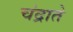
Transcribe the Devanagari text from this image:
चंद्राते